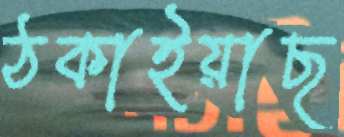
ঠকাইয়াছ